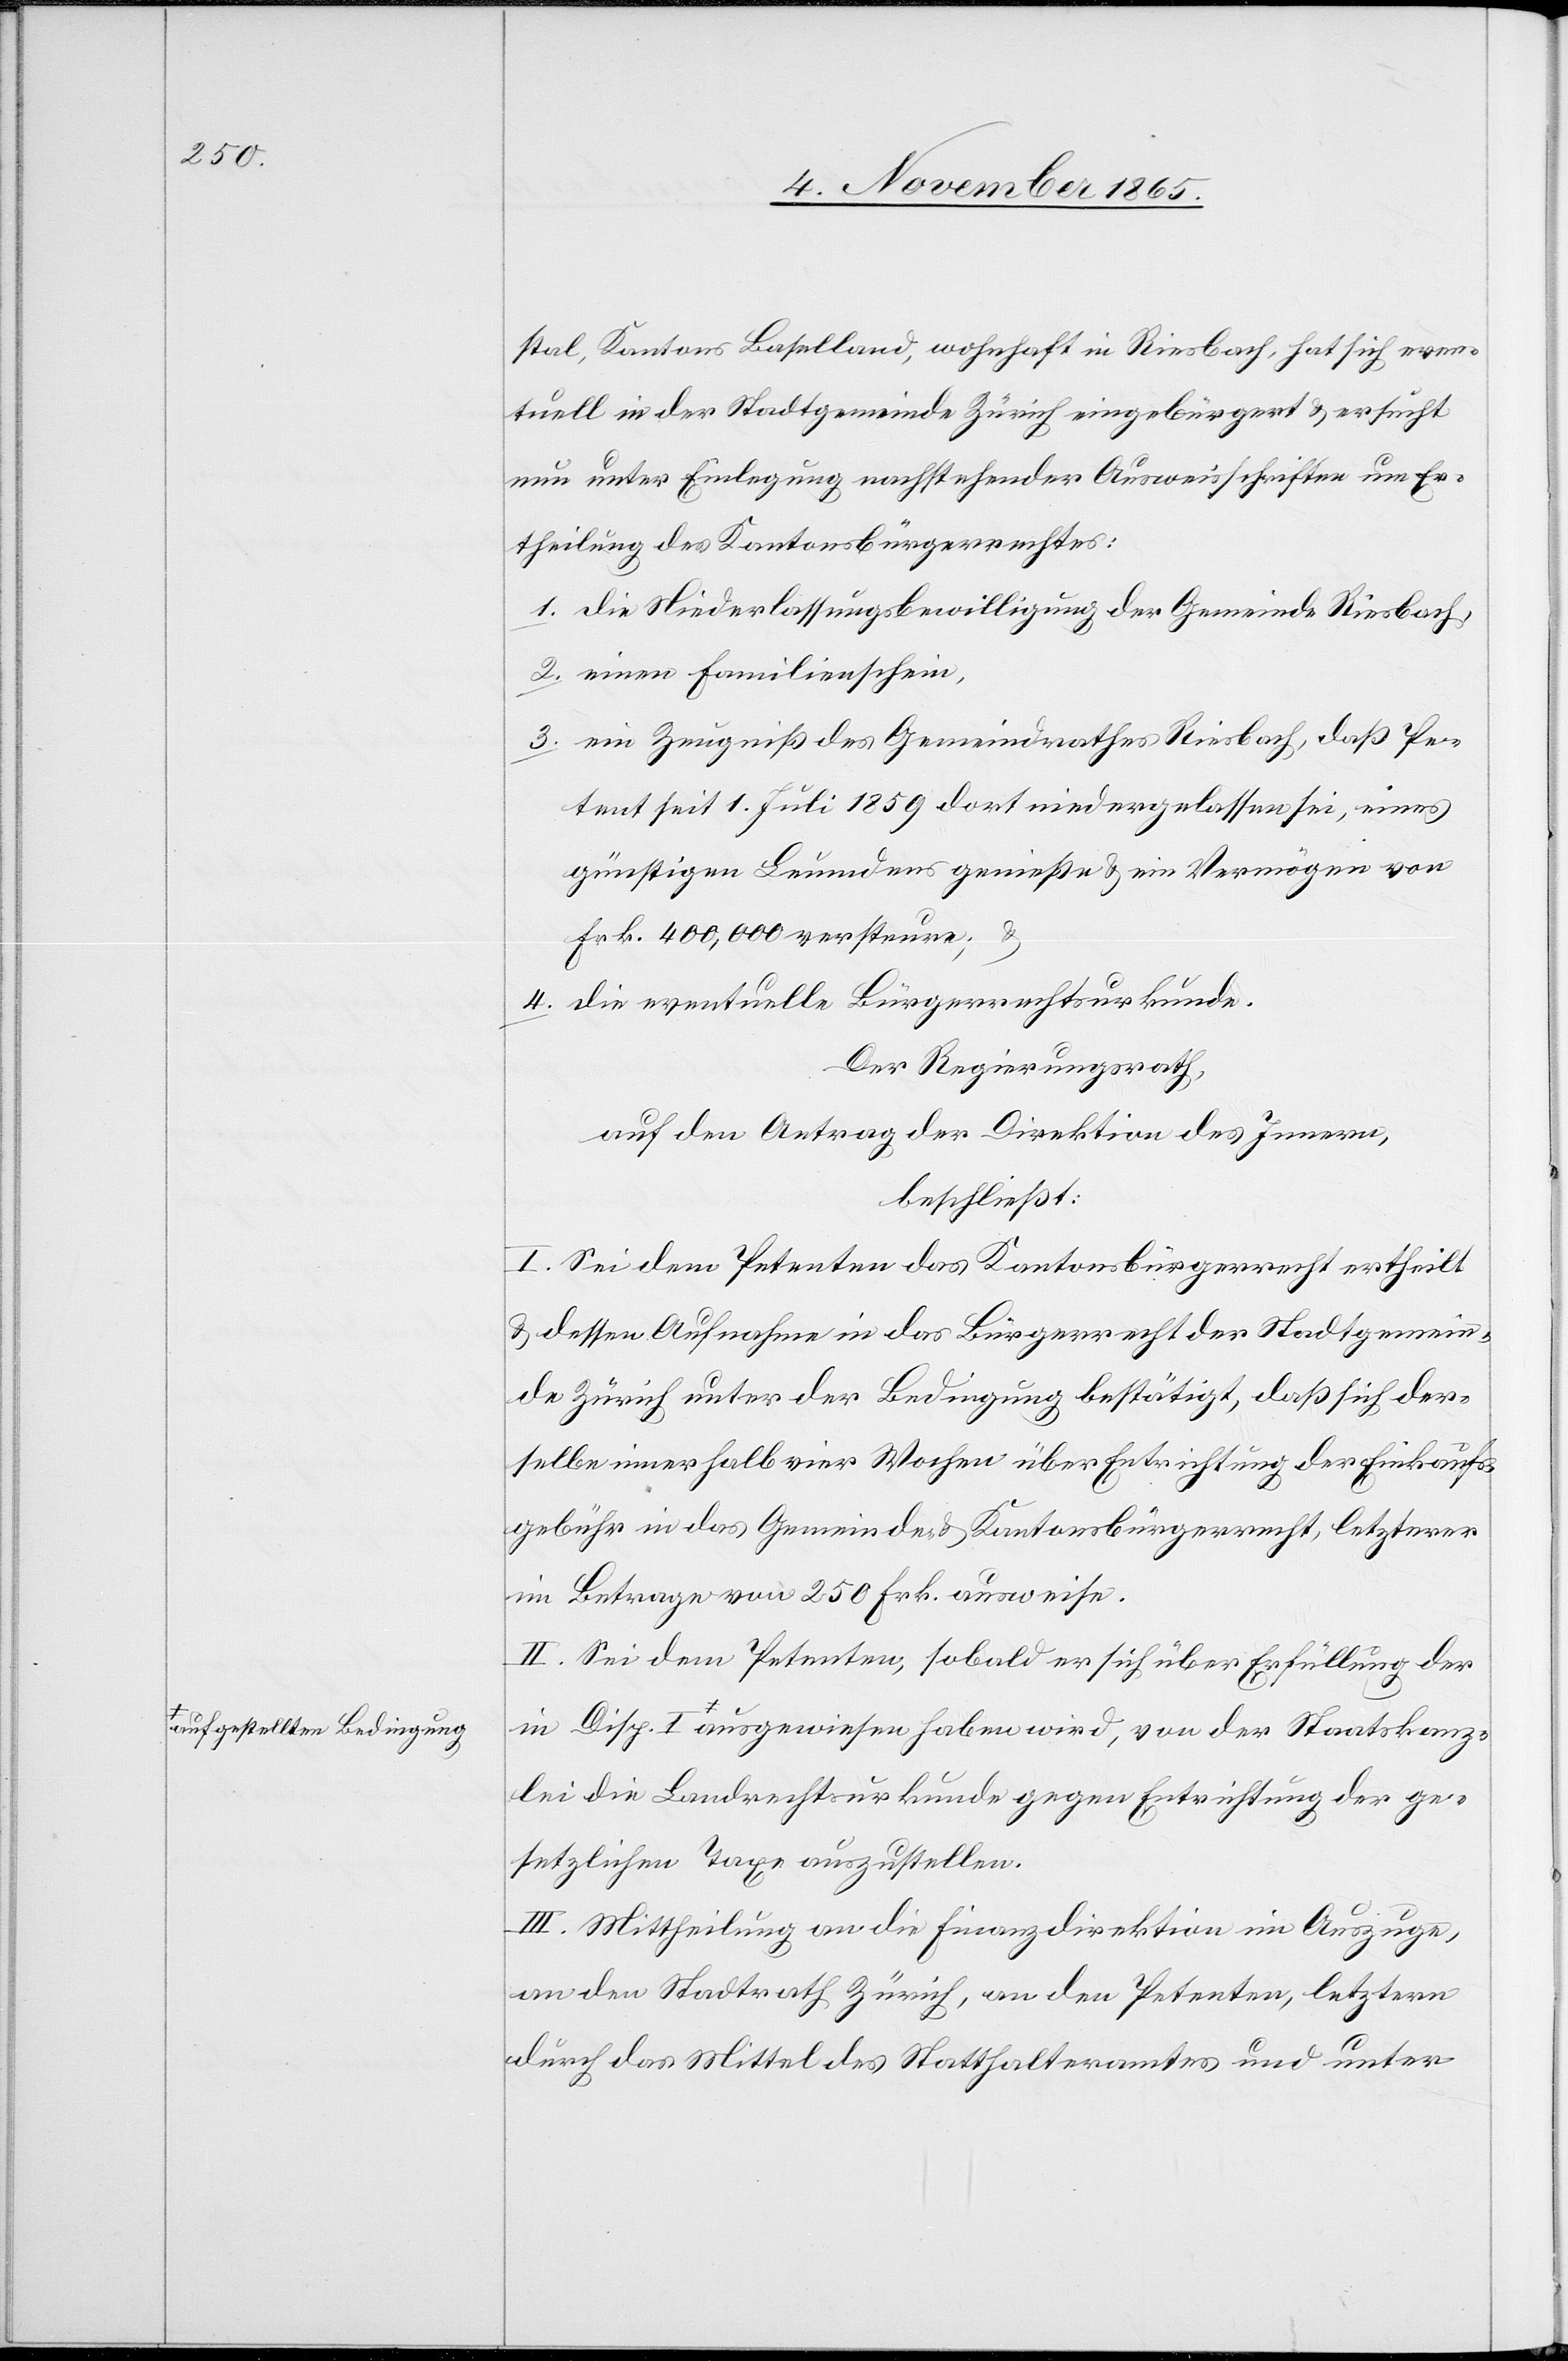
a-aufgestellten Bedingung-a

der Staatskanz¬
stal, Kantons Baselland, wohnhaft in Riesbach, hat sich even¬
tuell in der Stadtgemeinde Zürich eingebürgert & ersucht
nun unter Einlegung nachstehender Ausweisschriften um Er¬
theilung des Kantonsbürgerrechtes:
1. die Niederlassungsbewilligung der Gemeinde Riesbach,
2. einen Familienschein,
3. ein Zeugniß des Gemeindrathes Riesbach, daß Pe¬
tent seit 1. Juli 1859 dort niedergelassen sei, eines
günstigen Leumundes genieße & ein Vermögen von
Frk. 400,000 versteure; &
4. die eventuelle Bürgerrechtsurkunde.
Der Regierungsrath,
auf den Antrag der Direktion des Innern,
beschließt:
I. Sei dem Petenten das Kantonsbürgerrecht ertheilt
& dessen Aufnahme in das Bürgerrecht der Stadtgemein¬
de Zürich unter der Bedingung bestätigt, daß sich der¬
selbe innerhalb vier Wochen über Entrichtung der Einkaufs¬
gebühr in das Gemeinde- & Kantonsbürgerrecht, letzterer
im Betrage von 250 Frk. ausweise.
II. Sei dem Petenten, sobald er sich über die Erfüllung der
lei die Landrechtsurkunde gegen Entrichtung der ge¬
setzlichen Taxe auszustellen.
III. Mittheilung an die Finanzdirektion im Auszuge,
an den Stadtrath Zürich, an den Petenten, letztern
durch das Mittel des Statthalteramtes und unter